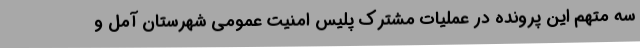
سه متهم این پرونده در عملیات مشترک پلیس امنیت عمومی شهرستان آمل و